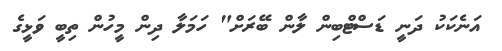
އަނެކަކު ދަނީ ޑަސްޓްބިން ލާން ބޭރަށް" ހަމަލާ ދިން މީހުން ތިބީ ވަޅީގެ